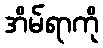
အိမ်ရာကို